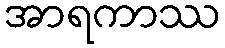
အာရကာဿ